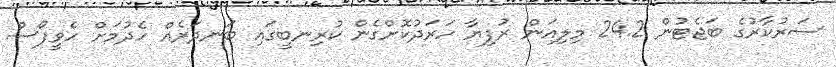
ސަރުކާރުގެ ބަޖެޓުން 24.2 މިލިއަން ރުފިޔާ ހަރަދުކޮށްގެން ކުރިނބީގައި ބަނދަރެއް ހެދުމަށް ހެވީފޯސް